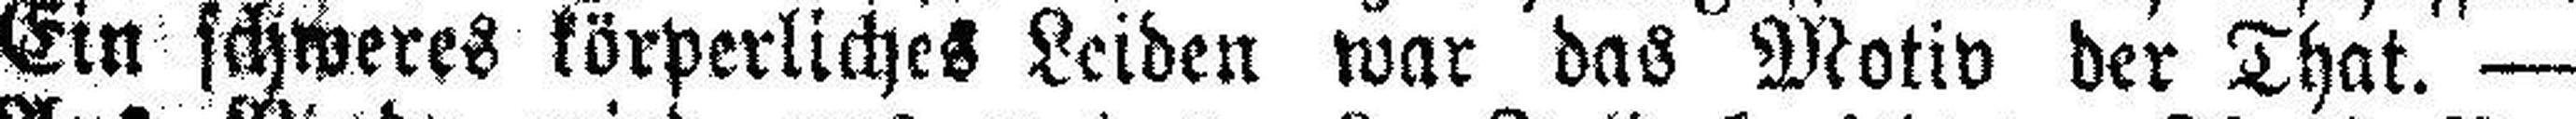
Ein schweres körperliches Leiden war das Motiv der That. —